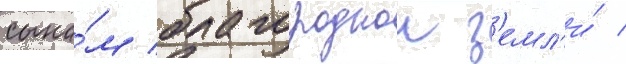
сына́м благороднои з'емл'и́ /